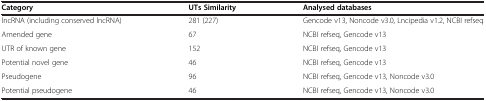
<table><thead><tr><td><b>Category</b></td><td><b>UTs Similarity</b></td><td><b>Analysed databases</b></td></tr></thead><tbody><tr><td>lncRNA (including conserved lncRNA)</td><td>281 (227)</td><td>Gencode v13, Noncode v3.0, Lncipedia v1.2, NCBI refseq</td></tr><tr><td>Amended gene</td><td>67</td><td>NCBI refseq, Gencode v13</td></tr><tr><td>UTR of known gene</td><td>152</td><td>NCBI refseq, Gencode v13</td></tr><tr><td>Potential novel gene</td><td>46</td><td>NCBI refseq, Gencode v13</td></tr><tr><td>Pseudogene</td><td>96</td><td>NCBI refseq, Gencode v13, Noncode v3.0</td></tr><tr><td>Potential pseudogene</td><td>46</td><td>NCBI refseq, Gencode v13, Noncode v3.0</td></tr></tbody></table>